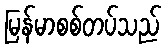
မြန်မာစစ်တပ်သည်